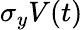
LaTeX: \sigma_{y}V(t)